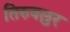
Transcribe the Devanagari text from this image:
तिरुवलुर